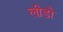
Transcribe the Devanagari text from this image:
लीडो